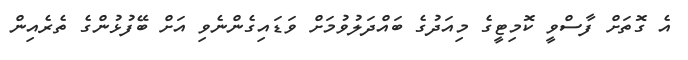
އެ ގޮތަށް ފާސްވީ ކޮމިޓީގެ މިއަދުގެ ބައްދަލުވުމަށް ވަޑައިގެންނެވި އަށް ބޭފުޅުންގެ ތެރެއިން